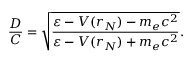
\frac { D } { C } = \sqrt { \frac { \varepsilon - V ( r _ { N } ) - m _ { e } c ^ { 2 } } { \varepsilon - V ( r _ { N } ) + m _ { e } c ^ { 2 } } } .